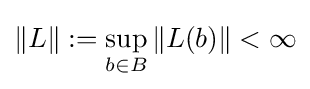
\|L\|:=\sup _{b\in B}\|L(b)\|<\infty